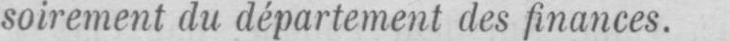
soirement du département des finances.